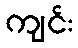
ကျင်း